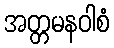
အတ္တမနဝါစံ